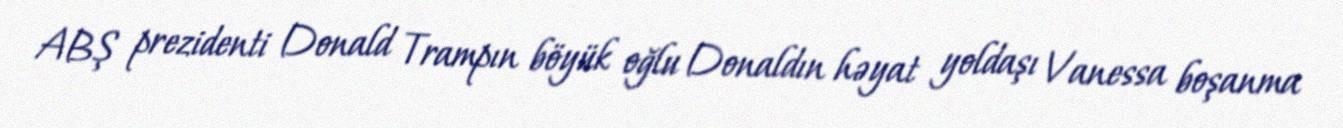
ABŞ prezidenti Donald Trampın böyük oğlu Donaldın həyat yoldaşı Vanessa boşanma